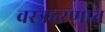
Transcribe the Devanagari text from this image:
वस्त्रहरणात